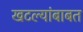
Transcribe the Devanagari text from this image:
खटल्यांबाबत